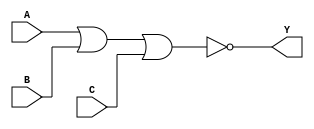
module NOR3X1_1(A, B, C, Y);
input A, B, C;
output Y;
nor(Y, A, B, C);
endmodule